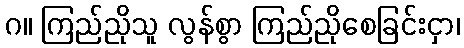
ဂ။ ကြည်ညိုသူ လွန်စွာ ကြည်ညိုစေခြင်းငှာ၊